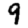
Digit: 9